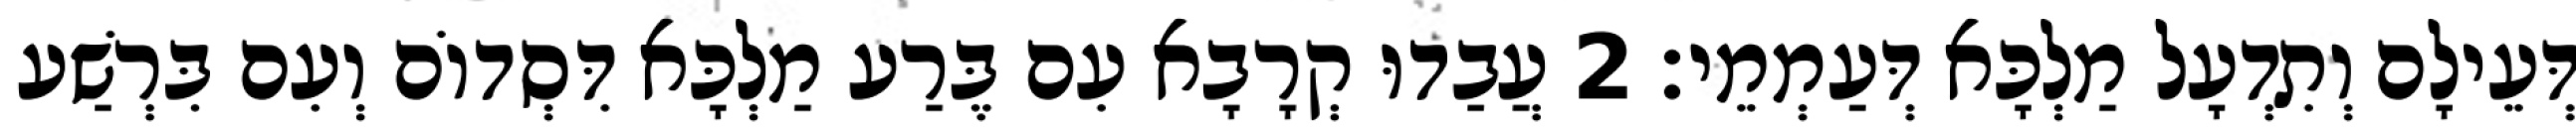
דְּעֵילָם וְתִדְעָל מַלְכָּא דְּעַמְמֵי׃ 2 עֲבַדוּ קְרָבָא עִם בֶּרַע מַלְכָּא דִּסְדוֹם וְעִם בִּרְשַׁע